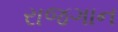
રાજગાન